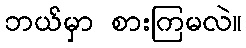
ဘယ်မှာ စားကြမလဲ။